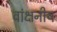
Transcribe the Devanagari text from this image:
वांक्षनीय